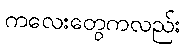
ကလေးတွေကလည်း